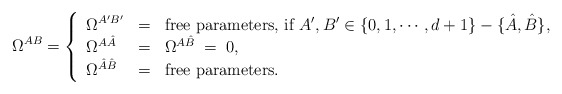
\begin{align*}\Omega^{AB}=\left\{\begin{array}{lll}\Omega^{A'B'}&=&\hbox{free parameters, if $A',B'\in\{0,1,\cdots,d+1\}-\{\hat{A},\hat{B}\}$},\cr\Omega^{A\hat{A}}&=&\Omega^{A\hat{B}}\;=\;0,\cr\Omega^{\hat{A}\hat{B}}&=&\hbox{free parameters}.\end{array}\right.\end{align*}